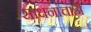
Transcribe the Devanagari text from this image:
साधनांचाही